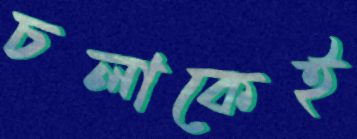
চলাকেই